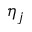
\eta _ { j }